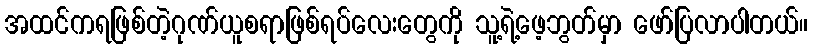
အထင်ကရဖြစ်တဲ့ဂုဏ်ယူစရာဖြစ်ရပ်လေးတွေကို သူ့ရဲ့ဖေ့ဘွတ်မှာ ဖော်ပြလာပါတယ်။